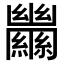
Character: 𦇵